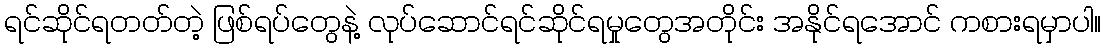
ရင်ဆိုင်ရတတ်တဲ့ ဖြစ်ရပ်တွေနဲ့ လုပ်ဆောင်ရင်ဆိုင်ရမှုတွေအတိုင်း အနိုင်ရအောင် ကစားရမှာပါ။